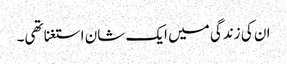
ان کی زندگی میں ایک شان استغنا تھی۔